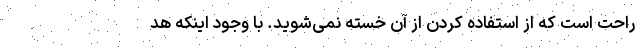
راحت است که از استفاده کردن از آن خسته نمی‌شوید. با وجود اینکه هد